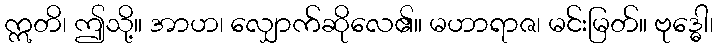
ဣတိ၊ ဤသို့။ အာဟ၊ လျှောက်ဆိုလေ၏။ မဟာရာဇ၊ မင်းမြတ်။ ဗုဒ္ဓေါ၊